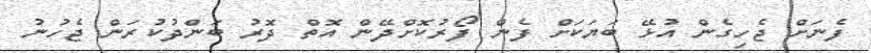
ފެނަށް ޖެހިގެން އުޅޭ ބަޔަކަށް ފެން ފޯރުކޮށްދޭން އޮތް ދޮރު ބަންދުކުރަން ޖެހުނު